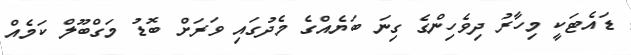
ޑައެޓަކީ މިހާރު ދިވެހިންގެ ގިނަ ބަޔެއްގެ މެދުގައި ވަރަށް ބޮޑު މަގްބޫލް ކަމެއް